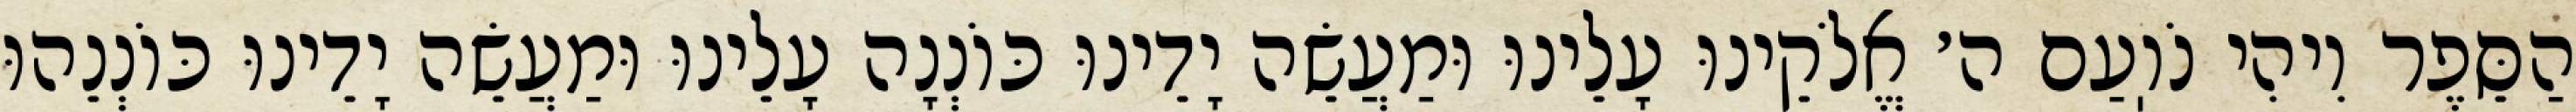
הַסֵּפֶר וִיהִי נֹוֽעַם ה׳ אֱלֹקֵינוּ עָלֵינוּ וּמַעֲשֵׂה יָדֵינוּ כּוֹנְנָה עָלֵינוּ וּמַעֲשֵׂה יָדֵינוּ כּוֹנְנֵהוּ